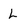
Character: L